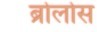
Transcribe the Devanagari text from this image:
ब्रोलोस